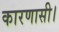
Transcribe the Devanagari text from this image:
कारणासी।